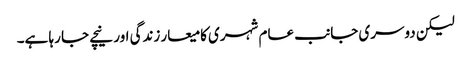
لیکن دوسری جانب عام شہری کا میعار زندگی اور نیچے جا رہا ہے۔